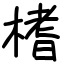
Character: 榰